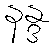
နန္ဒ